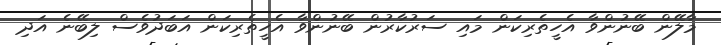
މާލޭން ބޭނުންވާ އެހީތެރިކަން މައި ސަރުކާރުން ބޭނުންވާ އެހީތެރިކަން އަބަދުވެސް ލިބޭނެ އަދި